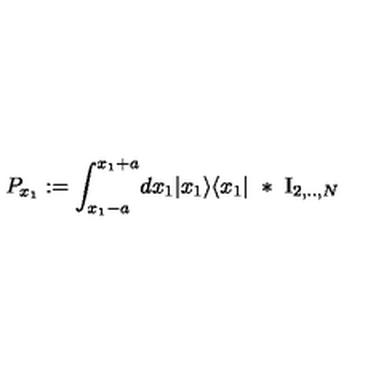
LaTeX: P _ { x _ { 1 } } : = \int _ { x _ { 1 } - a } ^ { x _ { 1 } + a } \! d x _ { 1 } | x _ { 1 } \rangle \langle x _ { 1 } | \ * \ \mathrm { I } _ { 2 , . . , N }